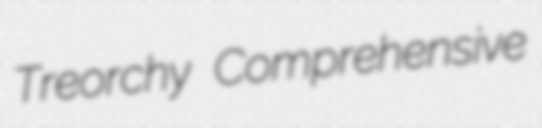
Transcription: Treorchy Comprehensive